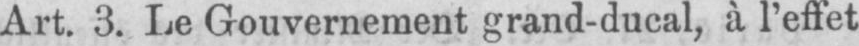
Art. 3. Le Gouvernement grand-ducal, à l’effet